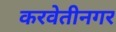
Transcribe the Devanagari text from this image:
करवेतीनगर